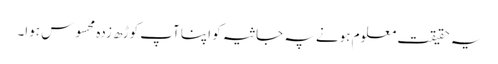
یہ حقیقت معلوم ہونے پہ جاثیہ کو اپنا آپ کوڑھ زدہ محسوس ہوا۔